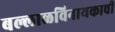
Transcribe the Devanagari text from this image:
बल्लाळविनायकाची